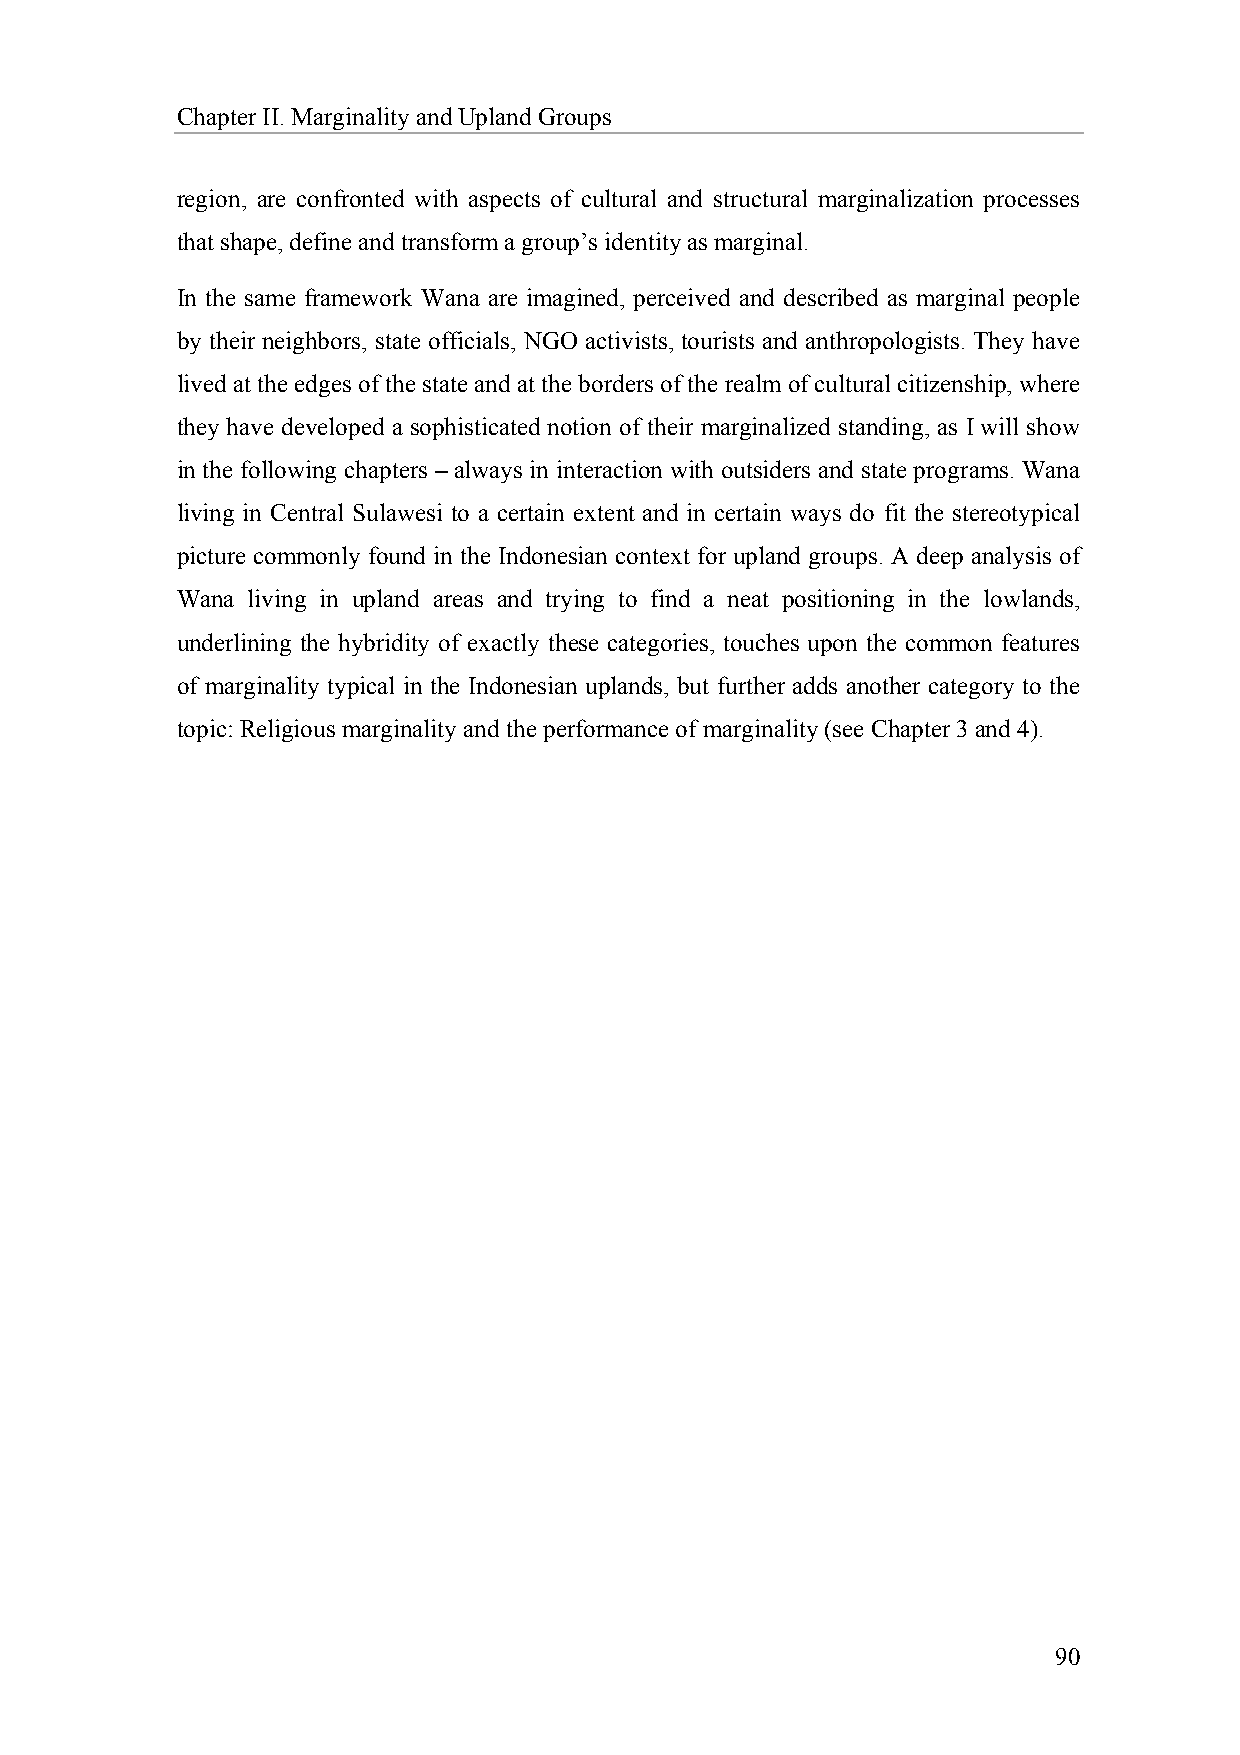
Chapter II. Marginality and Upland Groups
 region, are confronted with aspects of cultural and structural marginalization processes
 that shape, define and transform a group’s identity as marginal.
 In the same framework Wana are imagined, perceived and described as marginal people
 by their neighbors, state officials, NGO activists, tourists and anthropologists. They have
 lived at the edges of the state and at the borders of the realm of cultural citizenship, where
 they have developed a sophisticated notion of their marginalized standing, as I will show
 in the following chapters – always in interaction with outsiders and state programs. Wana
 living in Central Sulawesi to a certain extent and in certain ways do fit the stereotypical
 picture commonly found in the Indonesian context for upland groups. A deep analysis of
 Wana living in upland areas and trying to find a neat positioning in the lowlands,
 underlining the hybridity of exactly these categories, touches upon the common features
 of marginality typical in the Indonesian uplands, but further adds another category to the
 topic: Religious marginality and the performance of marginality (see Chapter 3 and 4).
 90